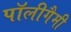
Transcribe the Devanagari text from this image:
पॉलीगैमी